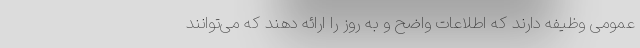
عمومی وظیفه دارند که اطلاعات واضح و به روز را ارائه دهند که می‌توانند